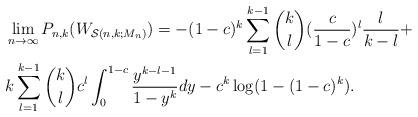
LaTeX: \begin{align*} \begin{aligned} &\lim_{n\to\infty} P_{n,k}(W_{\mathcal{S}(n,k;M_n)})=-(1-c)^k\sum_{l=1}^{k-1}\binom kl(\frac c{1-c})^l\frac l{k-l}+\\ &k\sum_{l=1}^{k-1}\binom klc^l\int_0^{1-c}\frac{y^{k-l-1}}{1-y^k}dy-c^k\log(1-(1-c)^k). \end{aligned} \end{align*}